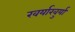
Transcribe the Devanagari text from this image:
खर्याखुर्या